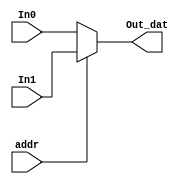
`timescale 1ns/1ps

module mux #(parameter WIDTH = 32) (
input addr, 
input [WIDTH-1:0] In0, 
input [WIDTH-1:0] In1,
output reg [WIDTH-1:0] Out_dat);


always @* begin
	if(addr) Out_dat = In1;
	else Out_dat = In0;
end
endmodule